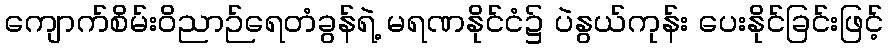
ကျောက်စိမ်းဝိညာဉ်ရေတံခွန်ရဲ့ မရဏနိုင်ငံ၌ ပဲနွယ်ကုန်း ပေးနိုင်ခြင်းဖြင့်